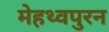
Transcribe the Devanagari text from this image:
मेहथ्वपुरन